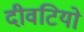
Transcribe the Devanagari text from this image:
दीवटियो